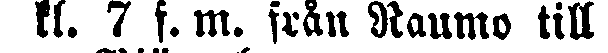
kl. 7 f. m. från Raumo till